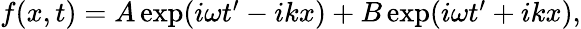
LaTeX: \begin{array}{r}{f(x,t)=A\exp(i\omega t^{\prime}-ikx)+B\exp(i\omega t^{\prime}+ikx),}\end{array}